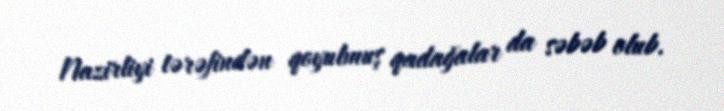
Nazirliyi tərəfindən qoyulmuş qadağalar da səbəb olub.